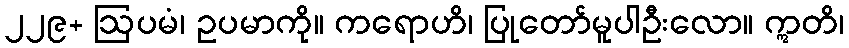
၂၂၉+ ဩပမံ၊ ဥပမာကို။ ကရောဟိ၊ ပြုတော်မူပါဦးလော။ ဣတိ၊